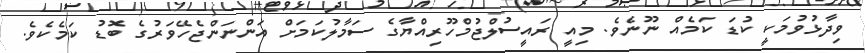
ވިދާޅުވުމަކީ ކުޑަ ކަމެއް ނޫނެވެ. މިއީ ރައީސުލްޖުމްހޫރިއްޔާގެ ސަމާލުކަމަށް އަންނަންޖެހޭވަރުގެ ބޮޑު ކަމެކެވެ.